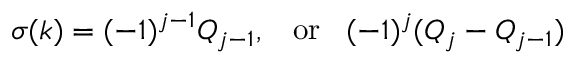
\sigma ( k ) = ( - 1 ) ^ { j - 1 } Q _ { j - 1 } , \; \; \; \mathrm { o r } \; \; \; ( - 1 ) ^ { j } ( Q _ { j } - Q _ { j - 1 } )